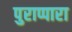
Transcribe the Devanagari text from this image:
पुराप्पारा